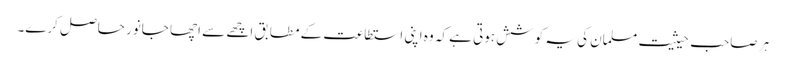
ہر صاحب حیثیت مسلمان کی یہ کوشش ہوتی ہے کہ وہ اپنی استطاعت کے مطابق اچھے سے اچھا جانور حاصل کرے۔